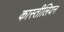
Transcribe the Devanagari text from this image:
कास्तीलियन